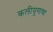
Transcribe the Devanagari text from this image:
कलीयुगाचा